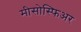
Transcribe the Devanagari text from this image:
मीसोस्फिअर